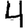
Digit: 4